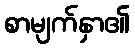
စာမျက်နှာ၏